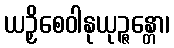
ယဉှိစေဝါနုယုဉ္ဇန္တော၊